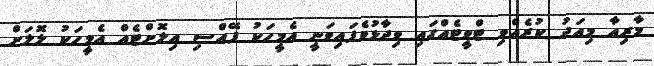
މާރިއާ މިއަދު ކުރެއްވި ޓްވީޓެއްގައި ވިދާޅުވެފައިވަނީ އެމީހަކު ފޭއްސި އިލޮށްޓެއް އެމީހަކު ލޮލަށް